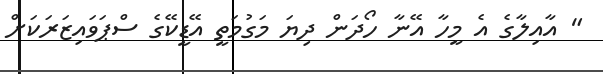
" އާއިލާގެ އެ މީހާ އޭނާ ހޯދަން ދިޔަ މަގުމަތީ އޭޑީކޭގެ ސްޕަވައިޒަރަކަށް